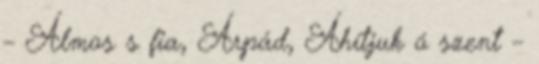
– Álmos s fia, Árpád, Áhítjuk ó szent –